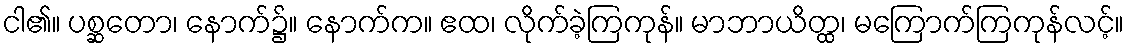
ငါ၏။ ပစ္ဆတော၊ နောက်၌။ နောက်က။ ဧထ၊ လိုက်ခဲ့ကြကုန်။ မာဘာယိတ္ထ၊ မကြောက်ကြကုန်လင့်။